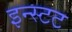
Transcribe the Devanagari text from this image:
इन्स्टट